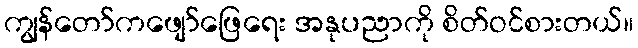
ကျွန်တော်ကဖျော်ဖြေရေး အနုပညာကို စိတ်ဝင်စားတယ်။